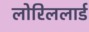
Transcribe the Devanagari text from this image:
लोरिललार्ड